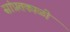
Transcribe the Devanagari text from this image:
सांप्रतकाळी